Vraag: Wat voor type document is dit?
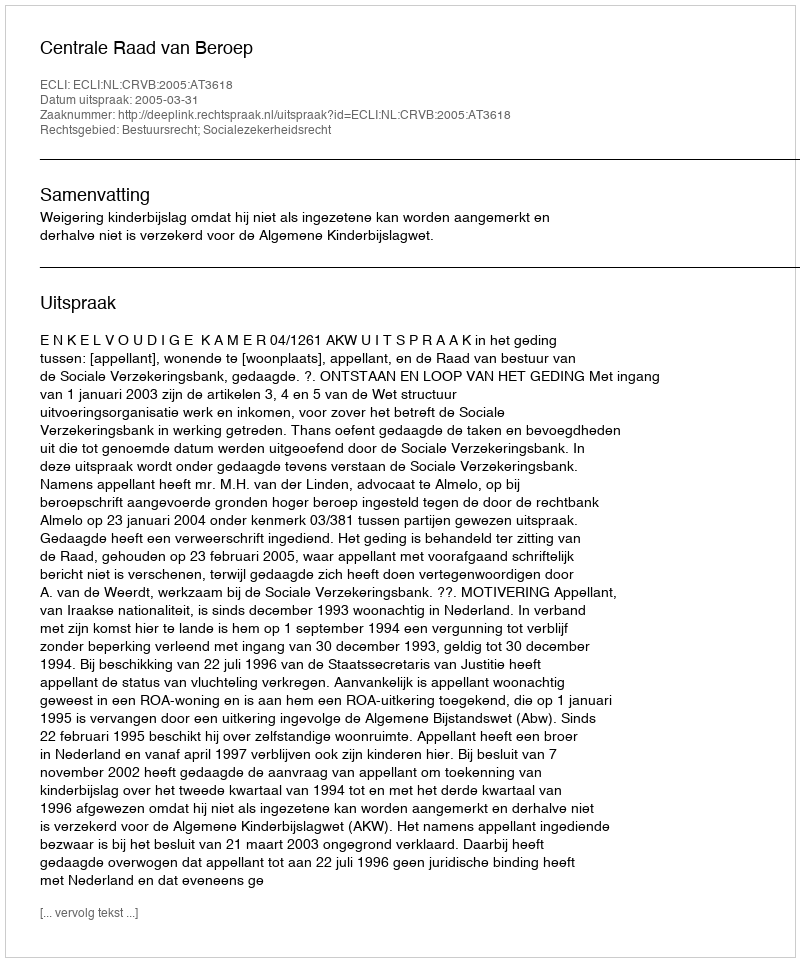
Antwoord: Uitspraak